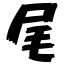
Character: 尾